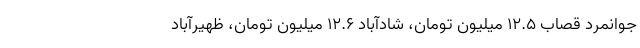
جوانمرد قصاب ۱۲.۵ میلیون تومان، شادآباد ۱۲.۶ میلیون تومان، ظهیرآباد